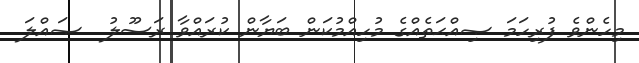
މިހެންވެ ފުރިހަމަ ޞިއްޙަތެއްގެ މުހިއްމުކަން ބަޔާން ކުރައްވާ ރަސޫލު  ޞައްލަ